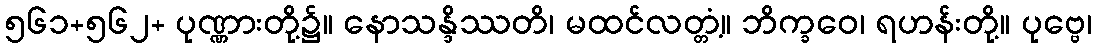
၅၆၁+၅၆၂+ ပုဏ္ဏားတို့၌။ နောသန္ဒိဿတိ၊ မထင်လတ္တံ့။ ဘိက္ခဝေ၊ ရဟန်းတို့။ ပုဗ္ဗေ၊